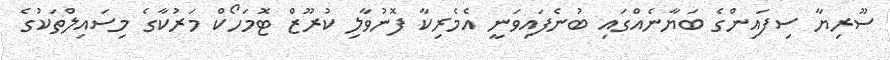
ސޫރިޔާ ސިފައިންގެ ބަޔާނެއްގައި ބުނެފައިވަނީ އެމެރިކާ ފޮނުވާލި ކުރޫޒް ޓޮމަހޯކް މަރުކާގެ މިސައިލްތަކުގެ